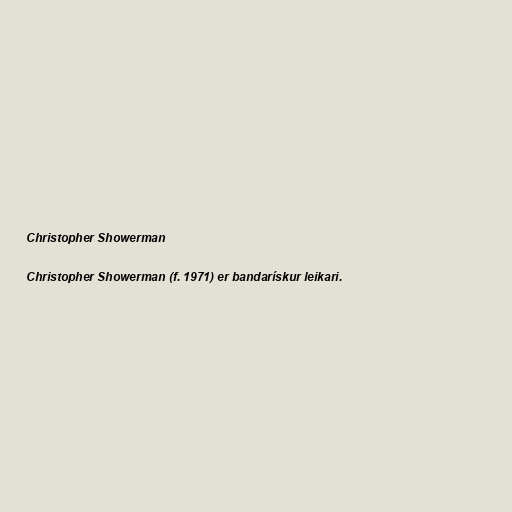
Christopher Showerman

Christopher Showerman (f. 1971) er bandarískur leikari.